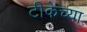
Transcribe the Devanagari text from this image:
टीकेच्या